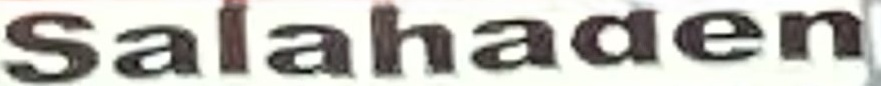
Salahaden